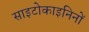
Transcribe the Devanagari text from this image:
साइटोकाइनिनों